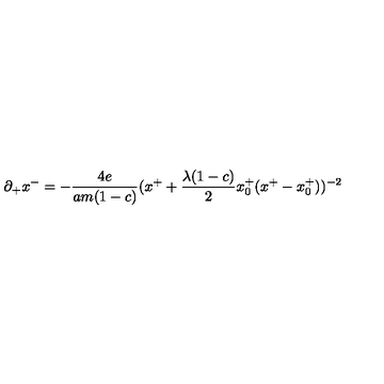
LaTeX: \partial _ { + } x ^ { - } = - { \frac { 4 e } { a m ( 1 - c ) } } ( x ^ { + } + { \frac { \lambda ( 1 - c ) } { 2 } } x _ { 0 } ^ { + } ( x ^ { + } - x _ { 0 } ^ { + } ) ) ^ { - 2 }